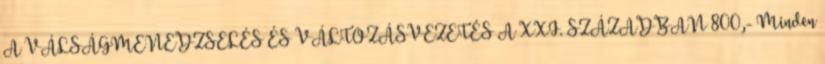
A VÁLSÁGMENEDZSELÉS ÉS VÁLTOZÁSVEZETÉS A XXI. SZÁZADBAN 800,- Minden